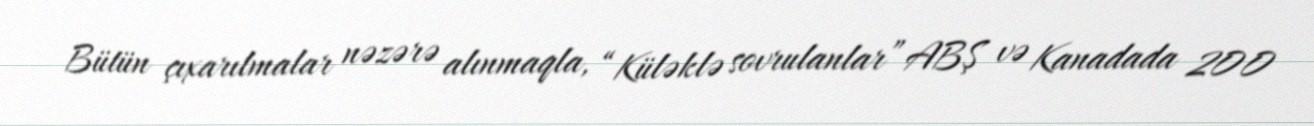
Bütün çıxarılmalar nəzərə alınmaqla, “Küləklə sovrulanlar” ABŞ və Kanadada 200